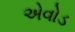
એવોડ